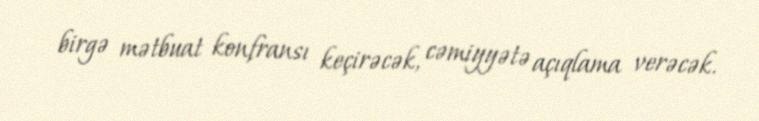
birgə mətbuat konfransı keçirəcək, cəmiyyətə açıqlama verəcək.